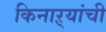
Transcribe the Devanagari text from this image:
किनाऱ्यांची